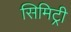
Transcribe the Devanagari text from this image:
सिमिट्री